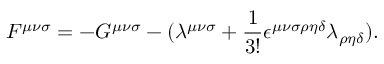
F ^ { { \mu } { \nu } { \sigma } } = - G ^ { { \mu } { \nu } { \sigma } } - ( { \lambda } ^ { { \mu } { \nu } { \sigma } } + \frac { 1 } { 3 ! } { \epsilon } ^ { { \mu } { \nu } { \sigma } { \rho } { \eta } { \delta } } { \lambda } _ { { \rho } { \eta } { \delta } } ) .